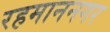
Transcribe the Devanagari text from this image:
रहमाननगर